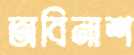
অবিনাশ